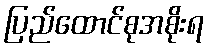
ပြည်ထောင်စုအစိုးရ